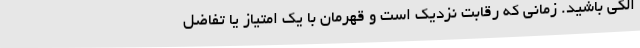
الکی باشید. زمانی که رقابت نزدیک است و قهرمان با یک امتیاز یا تفاضل